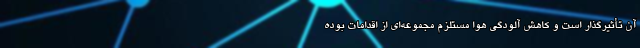
آن تأثیرگذار است و کاهش آلودگی هوا مستلزم مجموعه‌ای از اقدامات بوده